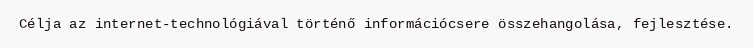
Célja az internet-technológiával történő információcsere összehangolása, fejlesztése.